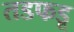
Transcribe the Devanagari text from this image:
तडफडू